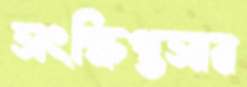
সংক্ষিপ্তসার